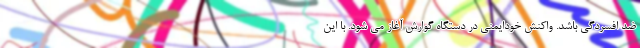
ضد افسردگی باشد. واکنش خودایمنی در دستگاه گوارش آغاز می شود. با این